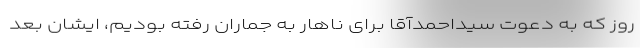
روز که به دعوت سیداحمدآقا برای ناهار به جماران رفته بودیم، ایشان بعد